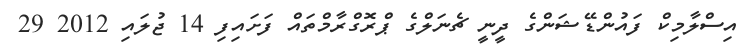
އިސްލާމިކް ފައުންޑޭޝަންގެ ދީނީ ޗެނަލްގެ ޕްރޮގްރާމްތައް ފަށައިފި 14 ޖުލައި 2012 29